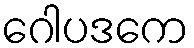
ဂေါပဒကေ